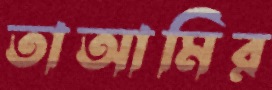
তাআমির